Annual report of the Punjab Veterinary College and of the Civil Veterinary Department, Punjab - 1894-1908
Year: 1894
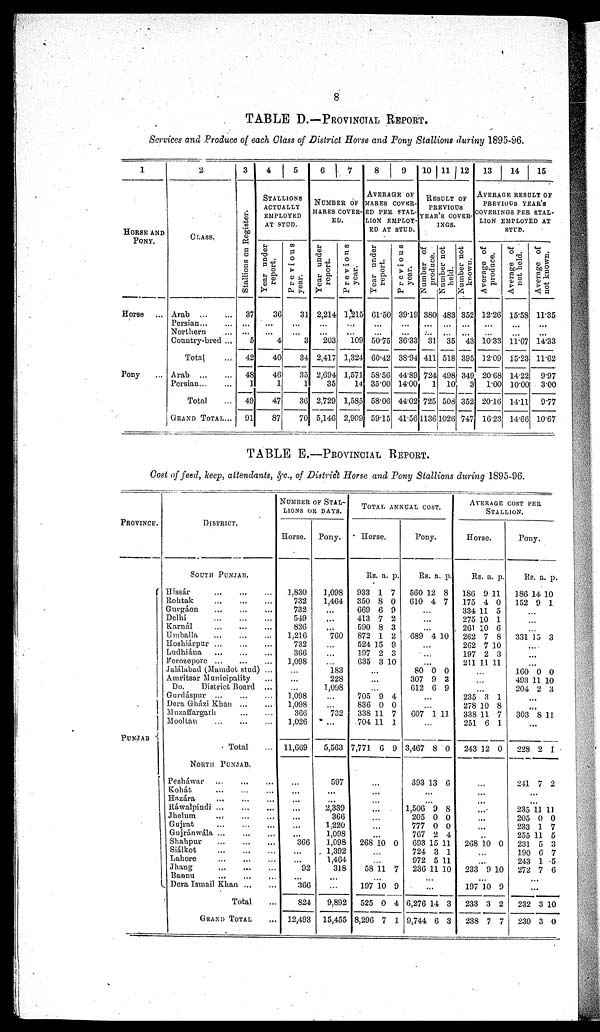
8
TABLE D.—PROVINCIAL REPORT.
Services and Produce of each Class of District Horse and Pony Stallions during 1895-96.
1
HORSE AND
PONY.
Horse ...
Pony ...
2
CLASS.
Arab ... ...
Persian ... ...
Northern ...
Country-bred ...
Total ...
Arab ... ...
Persian ... ...
Total ...
GRAND TOTAL ...
3
Stallions on Register.
37
...
...
5
42
48
1
49
91
4
5
STALLIONS
ACTUALLY
EMPLOYED
AT STUD.
Year under
report.
36
...
... 4
40
46
1
47
87
Previous
year.
31
...
... 3
34
35
1
36
70
6
7
NUMBER OF
MARES COVER-
ED.
Year under
report.
2,214
...
... 203
2,417
2,694
35
2,729
5,146
Previous
year.
1,215
...
... 109
1,324
1,571
14
1,585
2,909
8
9
AVERAGE OF
MARES COVER-
ED PER STAL-
---- EMPLOY-
-- AT STUD.
Year under
report.
61.50
...
...
50.75
60.42
58.56
35.00
58.06
59.15
Previous
year.
39.19
...
... 36.33
38.94
44.89
14.00
44.02
41.56
10 11 12
RESULT OF
PREVIOUS
YEAR'S COVER-
----.
Number of
produce.
380
...
... 31
411
724
1
725
1136
Number not
held.
483
...
...
35
518
498
10
508
1026
Number not
known.
352
...
... 43
395
349
3
352
747
13
14
15
AVERAGE RESULT OF
PREVIOUS YEAR'S
COVERINGS PER STAL-
---- EMPLOYED AT
STUD.
Average of
produce.
12.26
...
... 10.33
12.09
20.68
1.00
20.16
16.23
Average of
not held.
15.58
...
...
11.67
15.23
14.22
10.00
14.11
14.66
Average of
not known.
11.35
...
...
14.33
11.62
9.97
3.00
9.77
10.67
TABLE E.—PROVINCIAL REPORT.
Cost of feed, keep, attendants, &c., of District Horse and Pony Stallions during 1895-96.
PROVINCE.
PUNJAB
DISTRICT.
SOUTH PUNJAB.
Hissár
...
...
...
Rohtak
...
...
...
Gurgáon ... ... ...
Delhi
...
...
...
Karnál
...
...
...
Umballa ... ... ...
Hoshiárpur ...
...
...
Ludhiána ... ... ...
Ferozepore ... ... ...
Jalálabad (Mamdot stud) ...
Amritsar Municipality ...
Do.
District Board ...
Gurdáspur ... ... ...
Dera Gházi Khan
...
...
Muzaffargarh
...
...
Mooltan ... ... ...
Total ...
NORTH
PUNJAB.
Pesháwar ... ... ...
Kohát ... ... ...
Hazára ... ... ...
Ráwalpindi ... ... ...
Jhelum ... ... ...
Gujrat
...
...
...
Gujránwala ... ... ...
Shahpur ... ... ...
Siálkot
...
...
...
Lahore ... ... ...
Jhang ... ... ...
Bannu ... ... ...
Dera Ismail Khan ... ...
Total ...
GRAND TOTAL ...
NUMBER OF STAL-
----- OR DAYS.
Horse.
1,830
732
732
549
826
1,216
732
366
1,098
...
...
...
1,098
1,098
366
1,026
11,669
...
...
...
...
...
...
...
366
...
...
92
...
366
824
12,493
Pony.
1,098
1,464
...
...
...
760
...
...
...
183
228
1,098
...
...
732
...
5,563
597
...
...
2,339
366
1,220
1,098
1,098
1,392
1,464
318
...
...
9,892
15,455
TOTAL ANNUAL COST.
Horse.
Rs.
933
350
669
413
590
872
524
197
635
a.
1
8
6
7
8
1
15
2
3
p.
7
0
9
2
3
2
9
3
10
...
...
...
705
836
338
704
7,771
9
0
11
11
6
4
0
7
1
9
...
...
...
...
...
...
...
268 10 0
...
...
58 11 7
...
197
525
8,296
10
0
7
9
4
1
Pony.
Rs.
560
610
a.
12
4
p.
8
7
...
...
...
689 4 10
...
...
...
80
307
612
0
9
6
0
3
9
...
...
607 1 11
...
3,467
393
8
13
0
6
...
...
1,506
205
777
767
693
724
972
236
9
0
0
2
15
3
5
11
8
0
0
4
11
1
11
10
...
...
6,276
9,744
14
6
3
3
AVERAGE COST PER
STALLION.
Horse.
Rs.
186
175
334
275
261
262
262
197
211
a.
9
4
11
10
10
7
7
2
11
p.
11
0
5
1
6
8
10
3
11
...
...
...
235
278
338
251
243
3
10
11
6
12
1
8
7
1
0
...
...
...
...
...
...
..
268 10 0
...
...
233 9 10
...
197
233
238
10
3
7
9
2
7
Pony.
Rs.
186
152
a.
14
9
p.
10
1
...
...
...
331 15 3
...
...
...
160
493
204
0
11
2
0
10
3
...
...
303 8 11
...
228
241
2
7
1
2
...
... 235
205
233
255
231
190
243
272
11
0
1
11
5
6
1
7
11
0
7
5
3
7
5
6
...
...
232
230
3
3
10
0